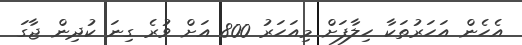
އެހެން އަހަރުތަކާ ހިލާފަށް މިއަހަރު 800 އަށް ވުރެ ގިނަ ކުދިން ޖާގަ